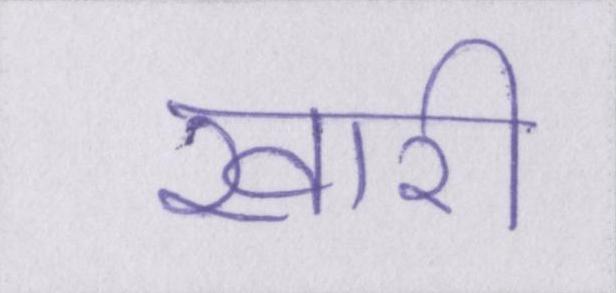
खारी